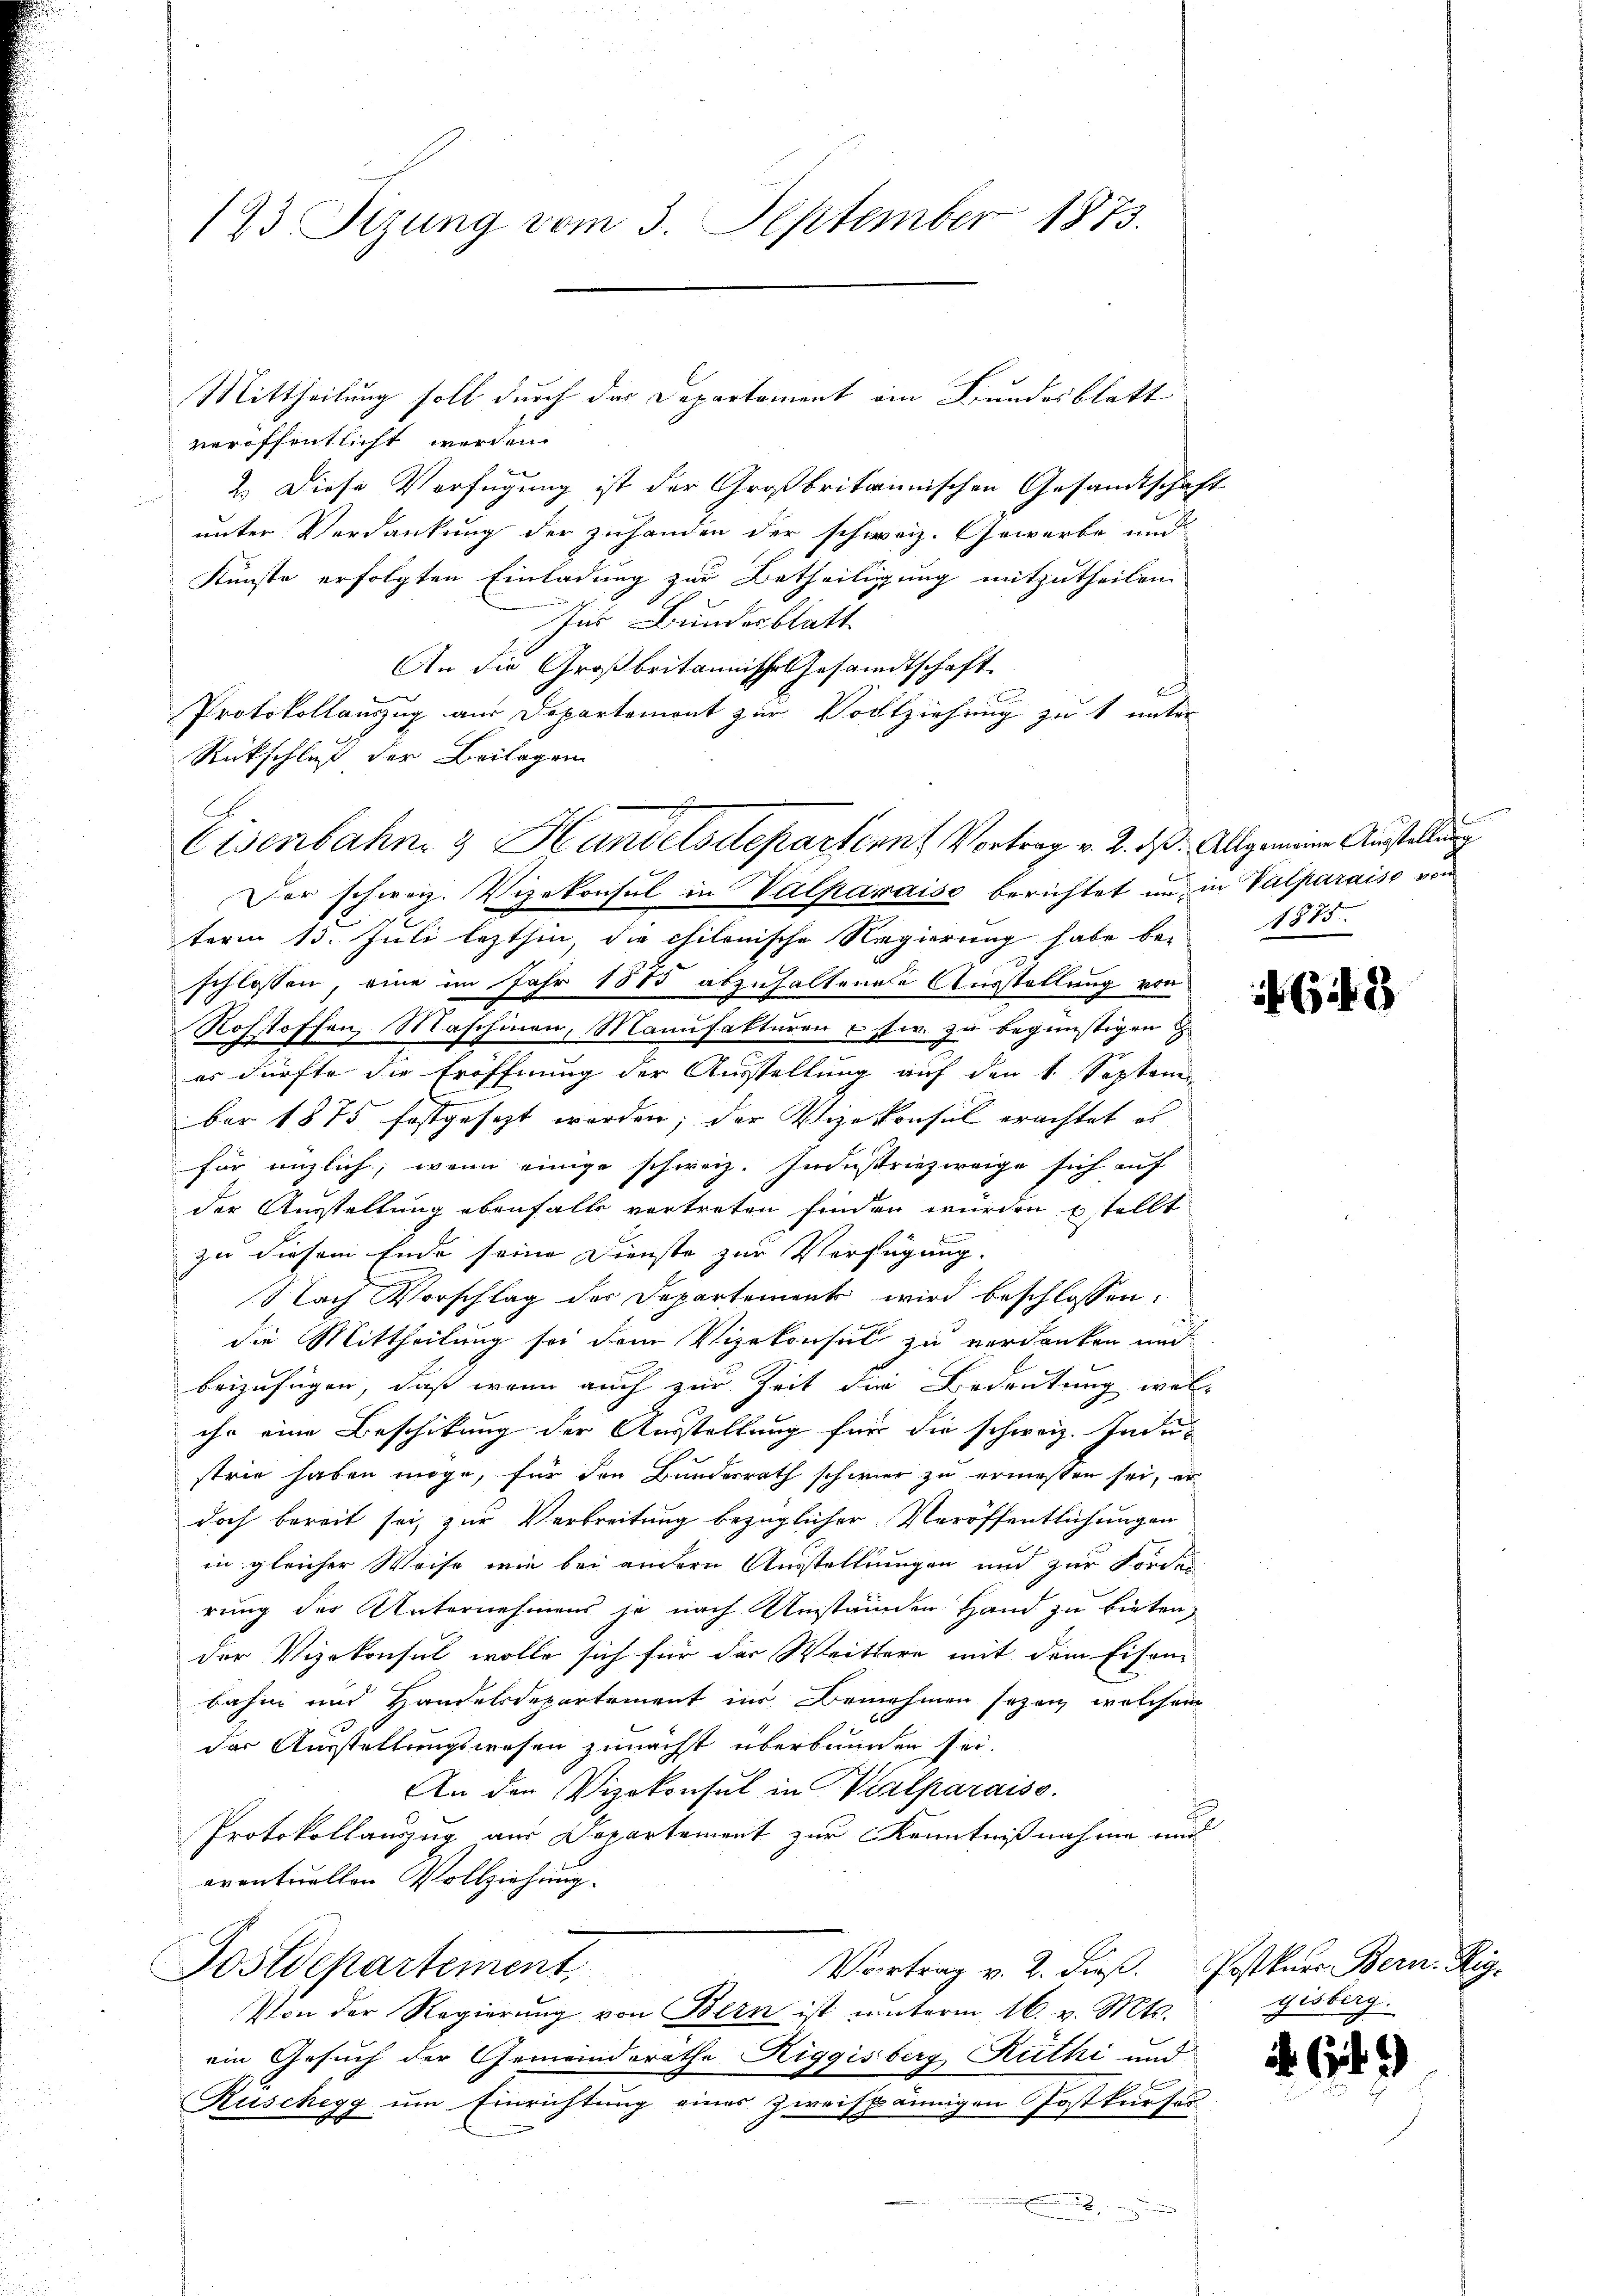
193 Tizung vom 3. September 1873.

veröffentlicht werden.
b
2.) Diese Verfügung ist der Großbritainischen Gesandtschaft
unter Verdankung der zuhanden der schweiz. Gewerbe und
Künste erfolgten Einladung zur Betheiligung mitzutheilen.
Ins Bundesblatt
An die Großbritannische Gesandtschaft.
Protokollauszug aus Departement zur Vollziehung zu 1 unter
Rückschluß der Beilagen
er schweiz. Vizekonsul in Valparaise berichtet un in Valparaiso von
term 15. Juli lezthin, die chilonische Regierung habe be-
schlossen, eine im Jahr 1885 abzuhaltenen Ausstellung von
Rohstoffen, Maschinen, Manufakturen usw. zu begünstigen
es dürfte die Eröffnung der Ausstellung auf den 1. Septem
ber 1875 festgesezt worden; der Vizekonsul erachtet es
für enzlich, wenn einige schweiz. Industriezweige sich auf
der Ausstellung ebenfalls vertreten finden würden stellt
F
zu diesem Ende seine Dienste zur Verfügung.
Nach Vorschlag des Departement wird beschlossen:
die Mittheilung sei dem Vizekonsul zu verdanken und
beizufügen, daß wenn auch zur Zeit die Bedeutung welihr eine Beschikung der Ausstellung für die schweiz. Industrie haben möge, für den Bundesrath schwier zu ermessen sei, er
doch bereit sei, zur Verbreitung bezüglicher Veröffentlichungen
in gleicher Weise wie bei andern Ausstellungen und zur Fordes
rung der Unternehmens je nach Umständen Hand zu bieten,
der Vizekonsul wolle sich für der Weittere mit dem Eisen-
bahn und Handelsdepartement ins Benehmen sezen, welchem
der Ausstellungswesen zunächst überbunden sei.
An der Vizekonsul in Versparaiso
Protokollauszug aus Departement zur Kenntnißnahme und
eventuellen Vollziehung.
Postdepartement
Vortrag v. 2. dieß. Postkurs Bern. Rig-
Von der Regierŭng von Bern ist unterm 16. v. Mts.
ein Gesuch der Gemeinderathe Riggisberg Ruthi und
Rüschegg um Einrichtung eines zweispännigen Postkurses
2

Eisenbahn & Handelsdepartern Vortrag v. 2. ds. Allgemeine Austellung

Mittheilung soll durch das Departement ein Bundesblatt

1875.

2

gisberg.

6

.